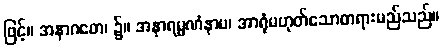
ဖြင့်။ အနာဂတေ၊ ၌။ အနာရမ္မဏံနာမ၊ အာရုံမဟုတ်သောတရားမည်သည်။